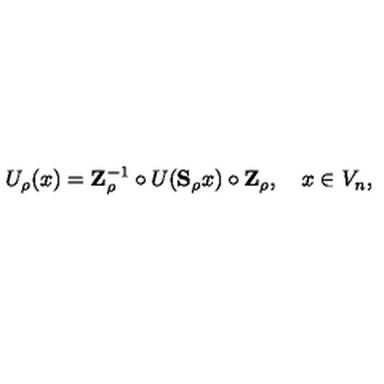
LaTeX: U _ { \rho } ( x ) = \mathbf { Z } _ { \rho } ^ { - 1 } \circ U ( \mathbf { S } _ { \rho } x ) \circ \mathbf { Z } _ { \rho } , \quad x \in V _ { n } ,